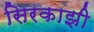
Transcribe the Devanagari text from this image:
सिरकाझी